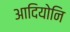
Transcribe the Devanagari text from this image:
आदियोनि